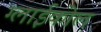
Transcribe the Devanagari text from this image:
ग्लाईकोल